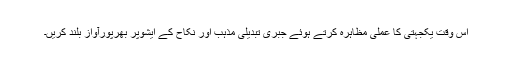
اس وقت یکجہتی کا عملی مظاہرہ کرتے ہوئے جبری تبدیلیِ مذہب اور نکاح کے ایشوپر بھرپورآواز بلند کریں۔